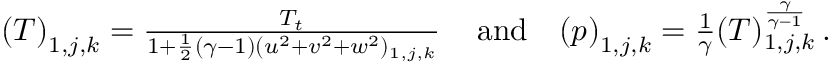
\begin{array} { r l r } { \left( T \right) _ { 1 , j , k } = \frac { T _ { t } } { 1 + \frac { 1 } { 2 } ( \gamma - 1 ) ( u ^ { 2 } + v ^ { 2 } + w ^ { 2 } ) _ { 1 , j , k } } \, } & { \mathrm { a n d } } & { \left( p \right) _ { 1 , j , k } = \frac { 1 } { \gamma } ( T ) _ { 1 , j , k } ^ { \frac { \gamma } { \gamma - 1 } } \, \mathrm { . } } \end{array}